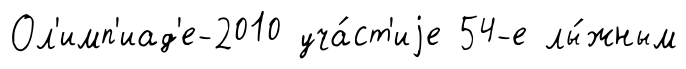
Ол'имп'иад'е-2010 уча́ст'иjе 54-е лы́жным